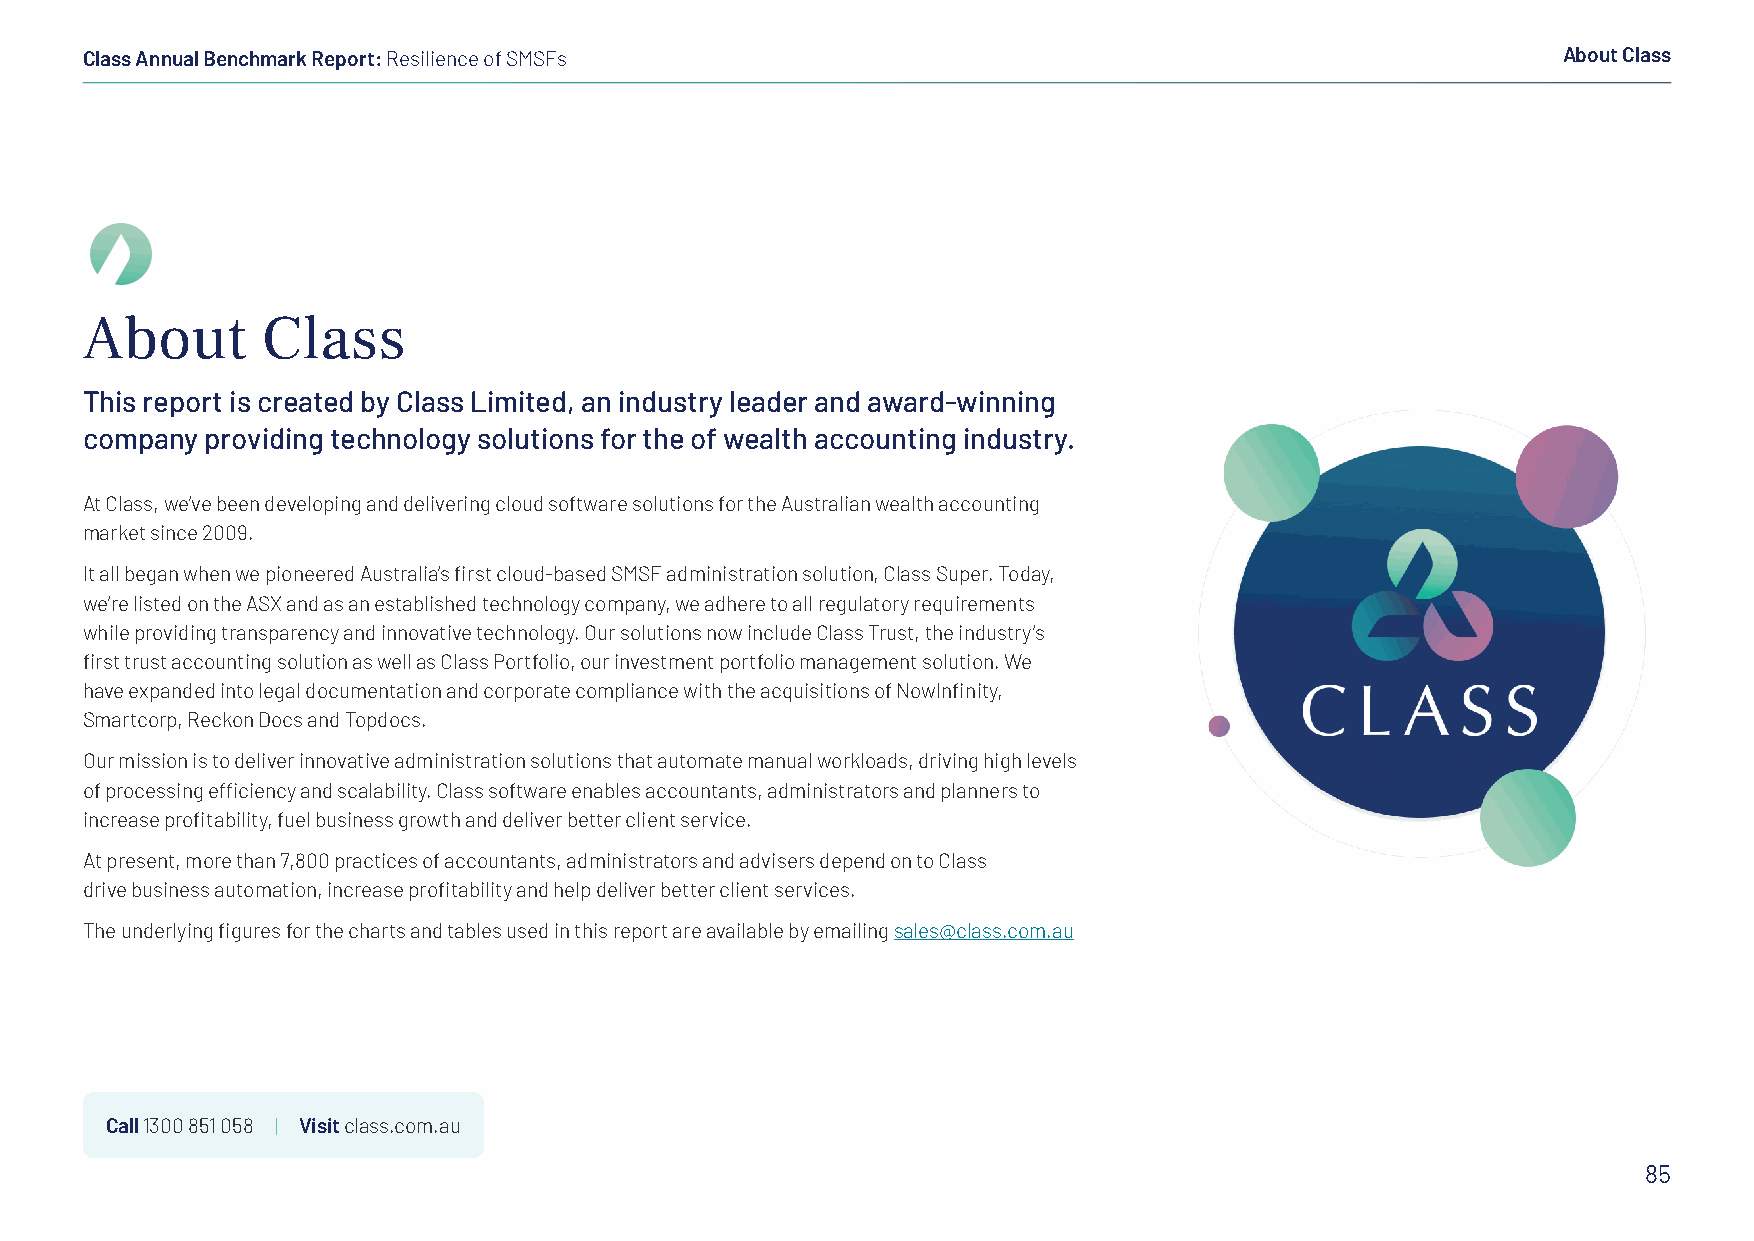
Class Annual Benchmark Report: Resilience of SMSFs                                                About Class
 About       Class
 This report is created by Class Limited, an industry leader and award-winning
 company  providing technology solutions for the of wealth accounting industry.
 At Class, we’ve been developing and delivering cloud software solutions for the Australian wealth accounting
 market since 2009.
 It all began when we pioneered Australia’s first cloud-based SMSF administration solution, Class Super. Today,
 we’re listed on the ASX and as an established technology company, we adhere to all regulatory requirements
 while providing transparency and innovative technology. Our solutions now include Class Trust, the industry’s
 first trust accounting solution as well as Class Portfolio, our investment portfolio management solution. We
 have expanded into legal documentation and corporate compliance with the acquisitions of NowInfinity,
 Smartcorp, Reckon Docs and Topdocs.
 Our mission is to deliver innovative administration solutions that automate manual workloads, driving high levels
 of processing efficiency and scalability. Class software enables accountants, administrators and planners to
 increase profitability, fuel business growth and deliver better client service.
 At present, more than 7,800 practices of accountants, administrators and advisers depend on to Class
 drive business automation, increase profitability and help deliver better client services.
 The underlying figures for the charts and tables used in this report are available by emailing sales@class.com.au
 Call 1300 851 058 | Visit class.com.au
 85